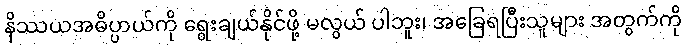
နိဿယအဓိပ္ပာယ်ကို ရွေးချယ်နိုင်ဖို့ မလွယ် ပါဘူး၊ အခြေရပြီးသူများ အတွက်ကို